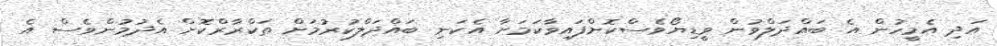
އަދި އެމީހުން އެ ބައްދަލްވުން ވީޑިޔޯވެސްކޮށްފައިވާކަމަށާ އެކަނި ބައްދަލްކުރުމަށް ތަކްރާރްކޮށް އެދުމުންވެސް އެ